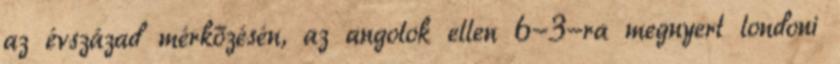
az évszázad mérkőzésén, az angolok ellen 6-3-ra megnyert londoni